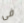
فى